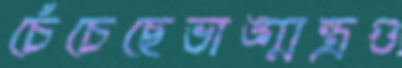
চেঁচেছেভাঙ্গ্‌মন্ত্রগু